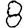
Digit: 8